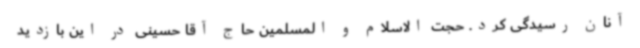
آنان رسیدگی کرد. حجت الاسلام و المسلمین حاج آقا حسینی در این بازدید